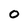
Character: 0